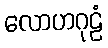
လောဟဂုဠံ